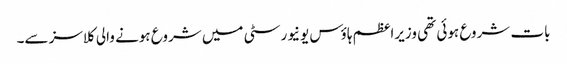
بات شروع ہوئی تھی وزیراعظم ہاؤس یونیورسٹی میں شروع ہونے والی کلاسز سے۔